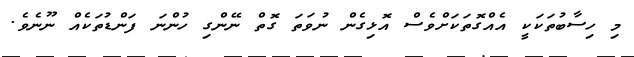
މި ހިސާބުތަކަކީ އެއްގޮތަކަށްވެސް އޮޅިގެން ނުވަތަ ގޮތް ނޭންގި ހުންނަ ފަންޑުތަކެއް ނޫނެވެ.